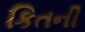
કિતની